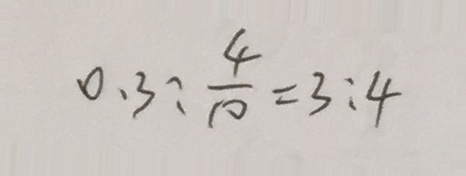
0 . 3 : \frac { 4 } { 1 0 } = 3 : 4